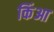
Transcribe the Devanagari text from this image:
किंआ